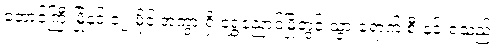
တောင်ကြီးမြို့နှင့် ၁၂ မိုင် အကွာ ရှိ ရွှေညောင်မြို့တွင် သွားရောက် စီးနင်းရသည်။